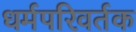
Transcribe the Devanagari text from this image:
धर्मपरिवर्तक